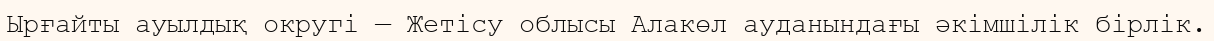
Ырғайты ауылдық округі — Жетісу облысы Алакөл ауданындағы әкімшілік бірлік.